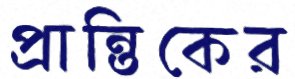
প্রান্তিকের